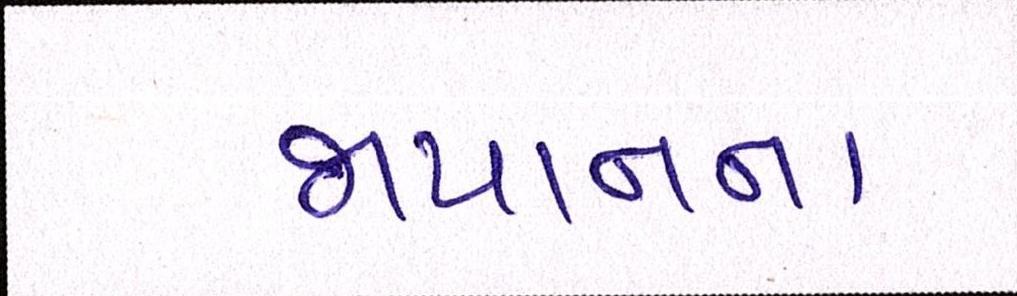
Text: જાપાનના